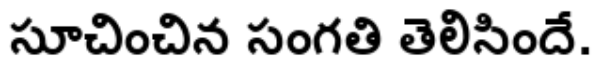
సూచించిన సంగతి తెలిసిందే.